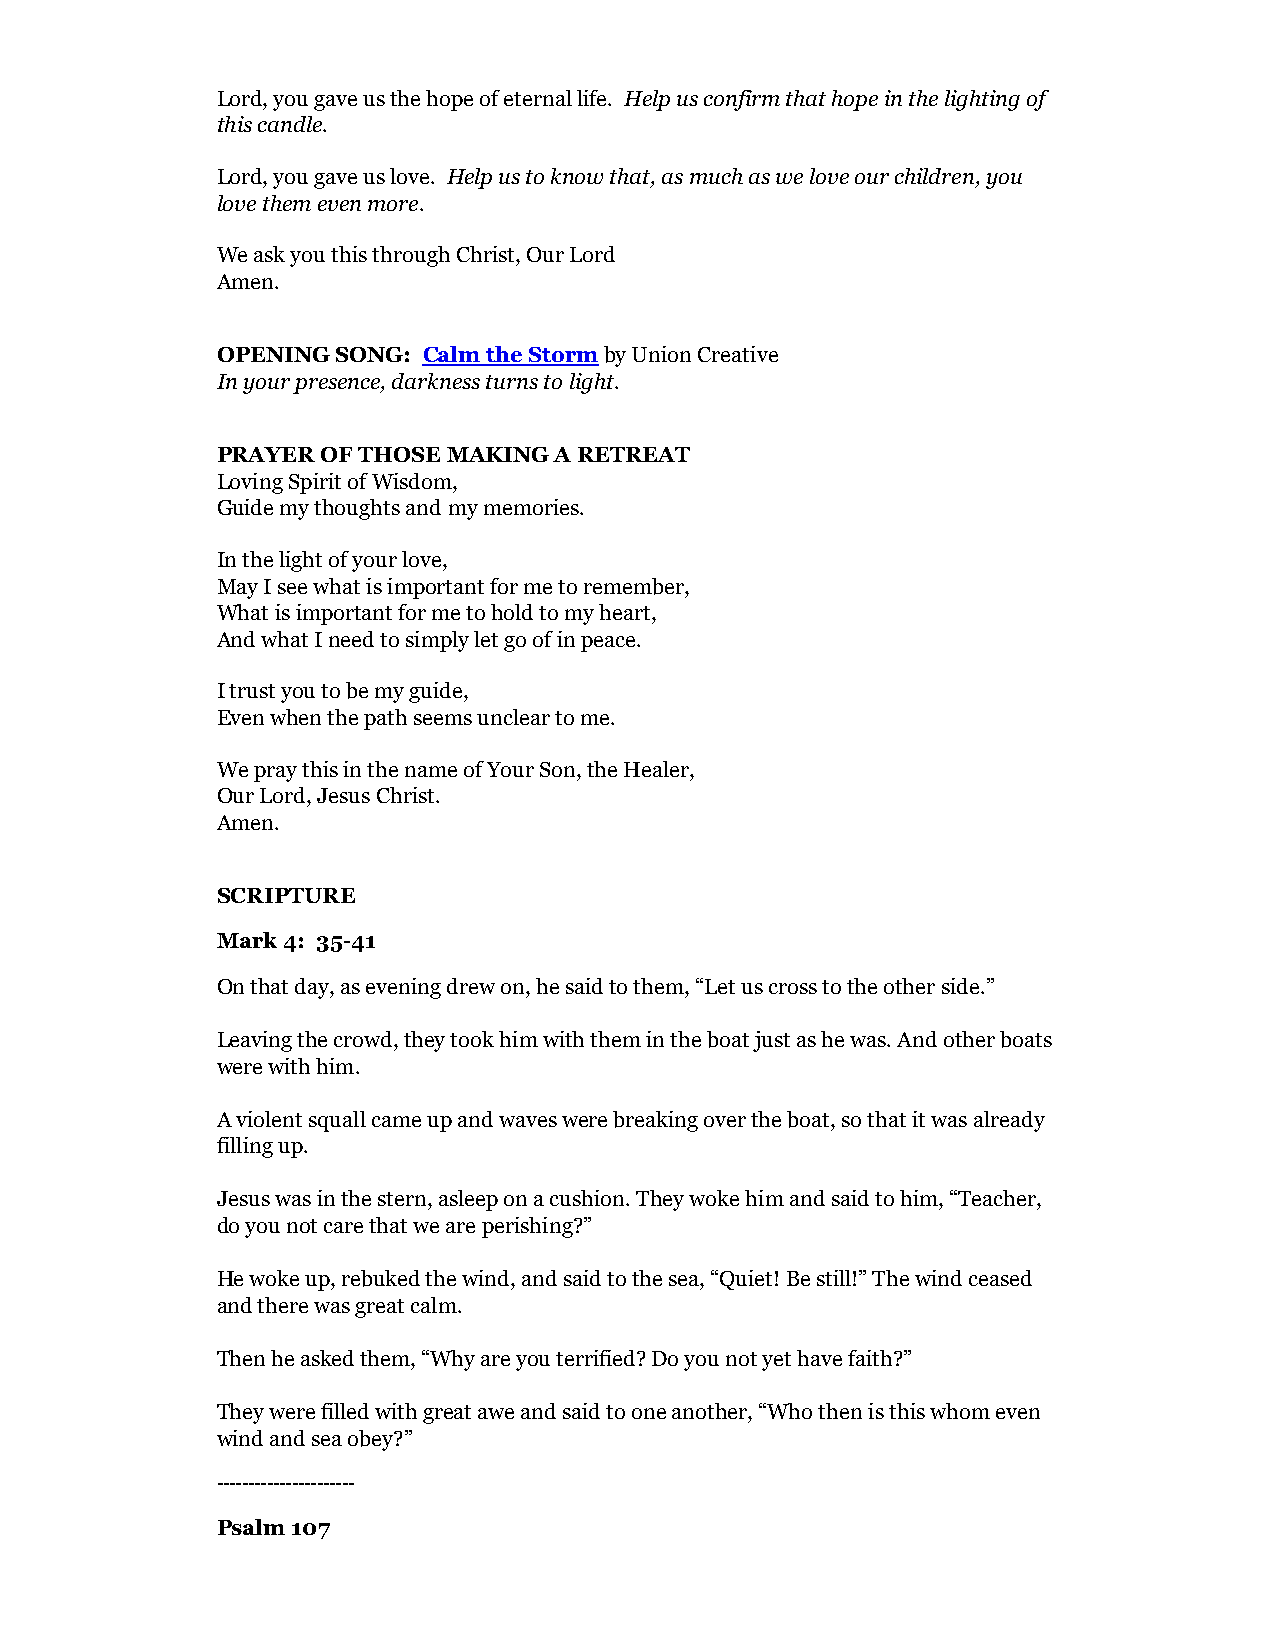
Lord, you gave us the hope of eternal life. Help us confirm that hope in the lighting of
 this candle.
 Lord, you gave us love. Help us to know that, as much as we love our children, you
 love them even more.
 We ask you this through Christ, Our Lord
 Amen.
 OPENING SONG: Calm the Storm by Union Creative
 In your presence, darkness turns to light.
 PRAYER OF THOSE MAKING A RETREAT
 Loving Spirit of Wisdom,
 Guide my thoughts and my memories.
 In the light of your love,
 May I see what is important for me to remember,
 What is important for me to hold to my heart,
 And what I need to simply let go of in peace.
 I trust you to be my guide,
 Even when the path seems unclear to me.
 We pray this in the name of Your Son, the Healer,
 Our Lord, Jesus Christ.
 Amen.
 SCRIPTURE
 Mark 4: 35-41
 On that day, as evening drew on, he said to them, “Let us cross to the other side.”
 Leaving the crowd, they took him with them in the boat just as he was. And other boats
 were with him.
 A violent squall came up and waves were breaking over the boat, so that it was already
 filling up.
 Jesus was in the stern, asleep on a cushion. They woke him and said to him, “Teacher,
 do you not care that we are perishing?”
 He woke up, rebuked the wind, and said to the sea, “Quiet! Be still!” The wind ceased
 and there was great calm.
 Then he asked them, “Why are you terrified? Do you not yet have faith?”
 They were filled with great awe and said to one another, “Who then is this whom even
 wind and sea obey?”
 ----------------------
 Psalm 107